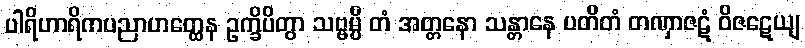
ပါရိဟာရိကပညာဟတ္ထေန ဥက္ခိပိတွာ သဗ္ဗမ္ပိ တံ အတ္တနော သန္တာနေ ပတိတံ တဏှာဇဋံ ဝိဇဋေယျ